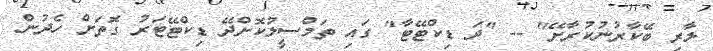
ލާރި ބޭކާރުނުކުރާށޭ" -- "ދަ ޑިކްޓޭޓާ" ގައި ތަމްސީލުކޮށްދޭ ޑިކްޓޭޓަރު ގޮތަށް ހެދުން